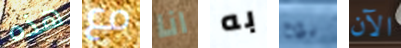
هذه مع انا به نوح الآن